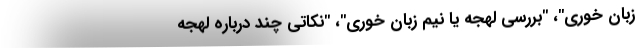
زبان خوری"، "بررسی لهجه یا نیم زبان خوری"، "نکاتی چند درباره لهجه